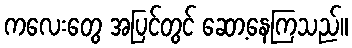
ကလေးတွေ အပြင်တွင် ဆော့နေကြသည်။